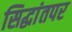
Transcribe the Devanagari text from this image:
सिद्धांतपर